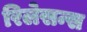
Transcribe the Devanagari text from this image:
रिलेसन्स